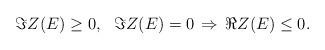
LaTeX: \begin{align*}\Im Z(E) \geq 0, \, \, \, \, \Im Z(E) = 0 \, \Rightarrow \, \Re Z(E) \leq 0.\end{align*}